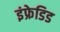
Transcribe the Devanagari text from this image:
इंफ्रेडिड